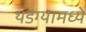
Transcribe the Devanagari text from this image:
थडग्यामध्ये